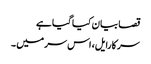
قصا بیان کیا گیا ہے
سر کارایل، اس سر میں ۔